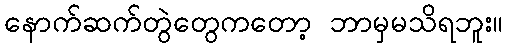
နောက်ဆက်တွဲတွေကတော့ ဘာမှမသိရဘူး။